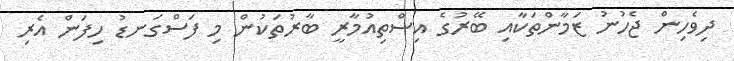
ދިވެހިން ޖެހުނު ޒަމާންތަކާއި ބޭރުގެ އިސްތިއުމާރީ ބާރުތަކުން މި ފަސްގަނޑު ހިފަން އެރި